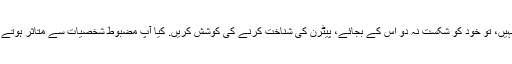
اگر نہیں، تو خود کو شکست نہ دو اس کے بجائے، پیٹرن کی شناخت کرنے کی کوشش کریں. کیا آپ مضبوط شخصیات سے متاثر ہوتے ہیں؟